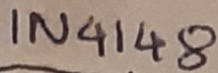
Text: IN4148